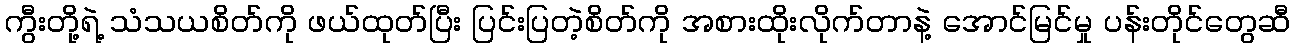
ကွီးတို့ရဲ့ သံသယစိတ်ကို ဖယ်ထုတ်ပြီး ပြင်းပြတဲ့စိတ်ကို အစားထိုးလိုက်တာနဲ့ အောင်မြင်မှု ပန်းတိုင်တွေဆီ